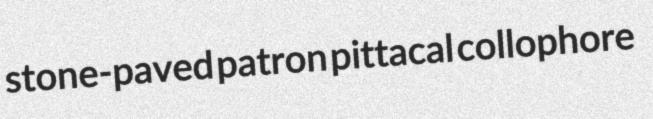
stone-paved patron pittacal collophore